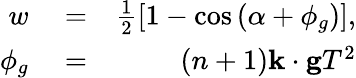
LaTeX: \begin{array}{rlr}{w}&{{}=}&{\frac{1}{2}\left[1-\cos\left(\alpha+\phi_{g}\right)\right],}\\ {\phi_{g}}&{{}=}&{\left(n+1\right)\mathbf{k}\cdot\mathbf{g}T^{2}}\end{array}